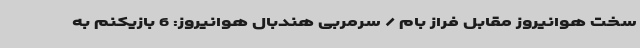
سخت هوانیروز مقابل فراز بام / سرمربی هندبال هوانیروز: 6 بازیکنم به